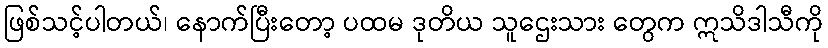
ဖြစ်သင့်ပါတယ်၊ နောက်ပြီးတော့ ပထမ ဒုတိယ သူဌေးသား တွေက ဣသိဒါသီကို